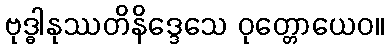
ဗုဒ္ဓါနုဿတိနိဒ္ဒေသေ ဝုတ္တောယေဝ။